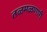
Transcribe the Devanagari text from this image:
तळमळणारी